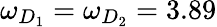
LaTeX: \omega_{D_{1}}=\omega_{D_{2}}=3.89